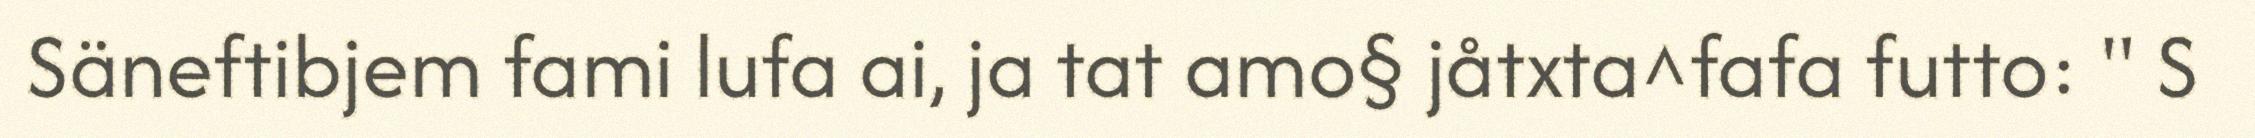
Säneftibjem fami lufa ai, ja tat amo§ jåtxta^fafa futto: " S